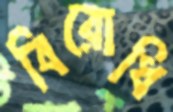
বিরোধি